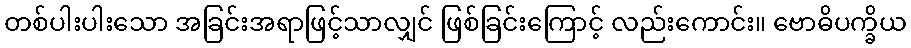
တစ်ပါးပါးသော အခြင်းအရာဖြင့်သာလျှင် ဖြစ်ခြင်းကြောင့် လည်းကောင်း။ ဗောဓိပက္ခိယ